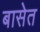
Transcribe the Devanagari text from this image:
बासेत